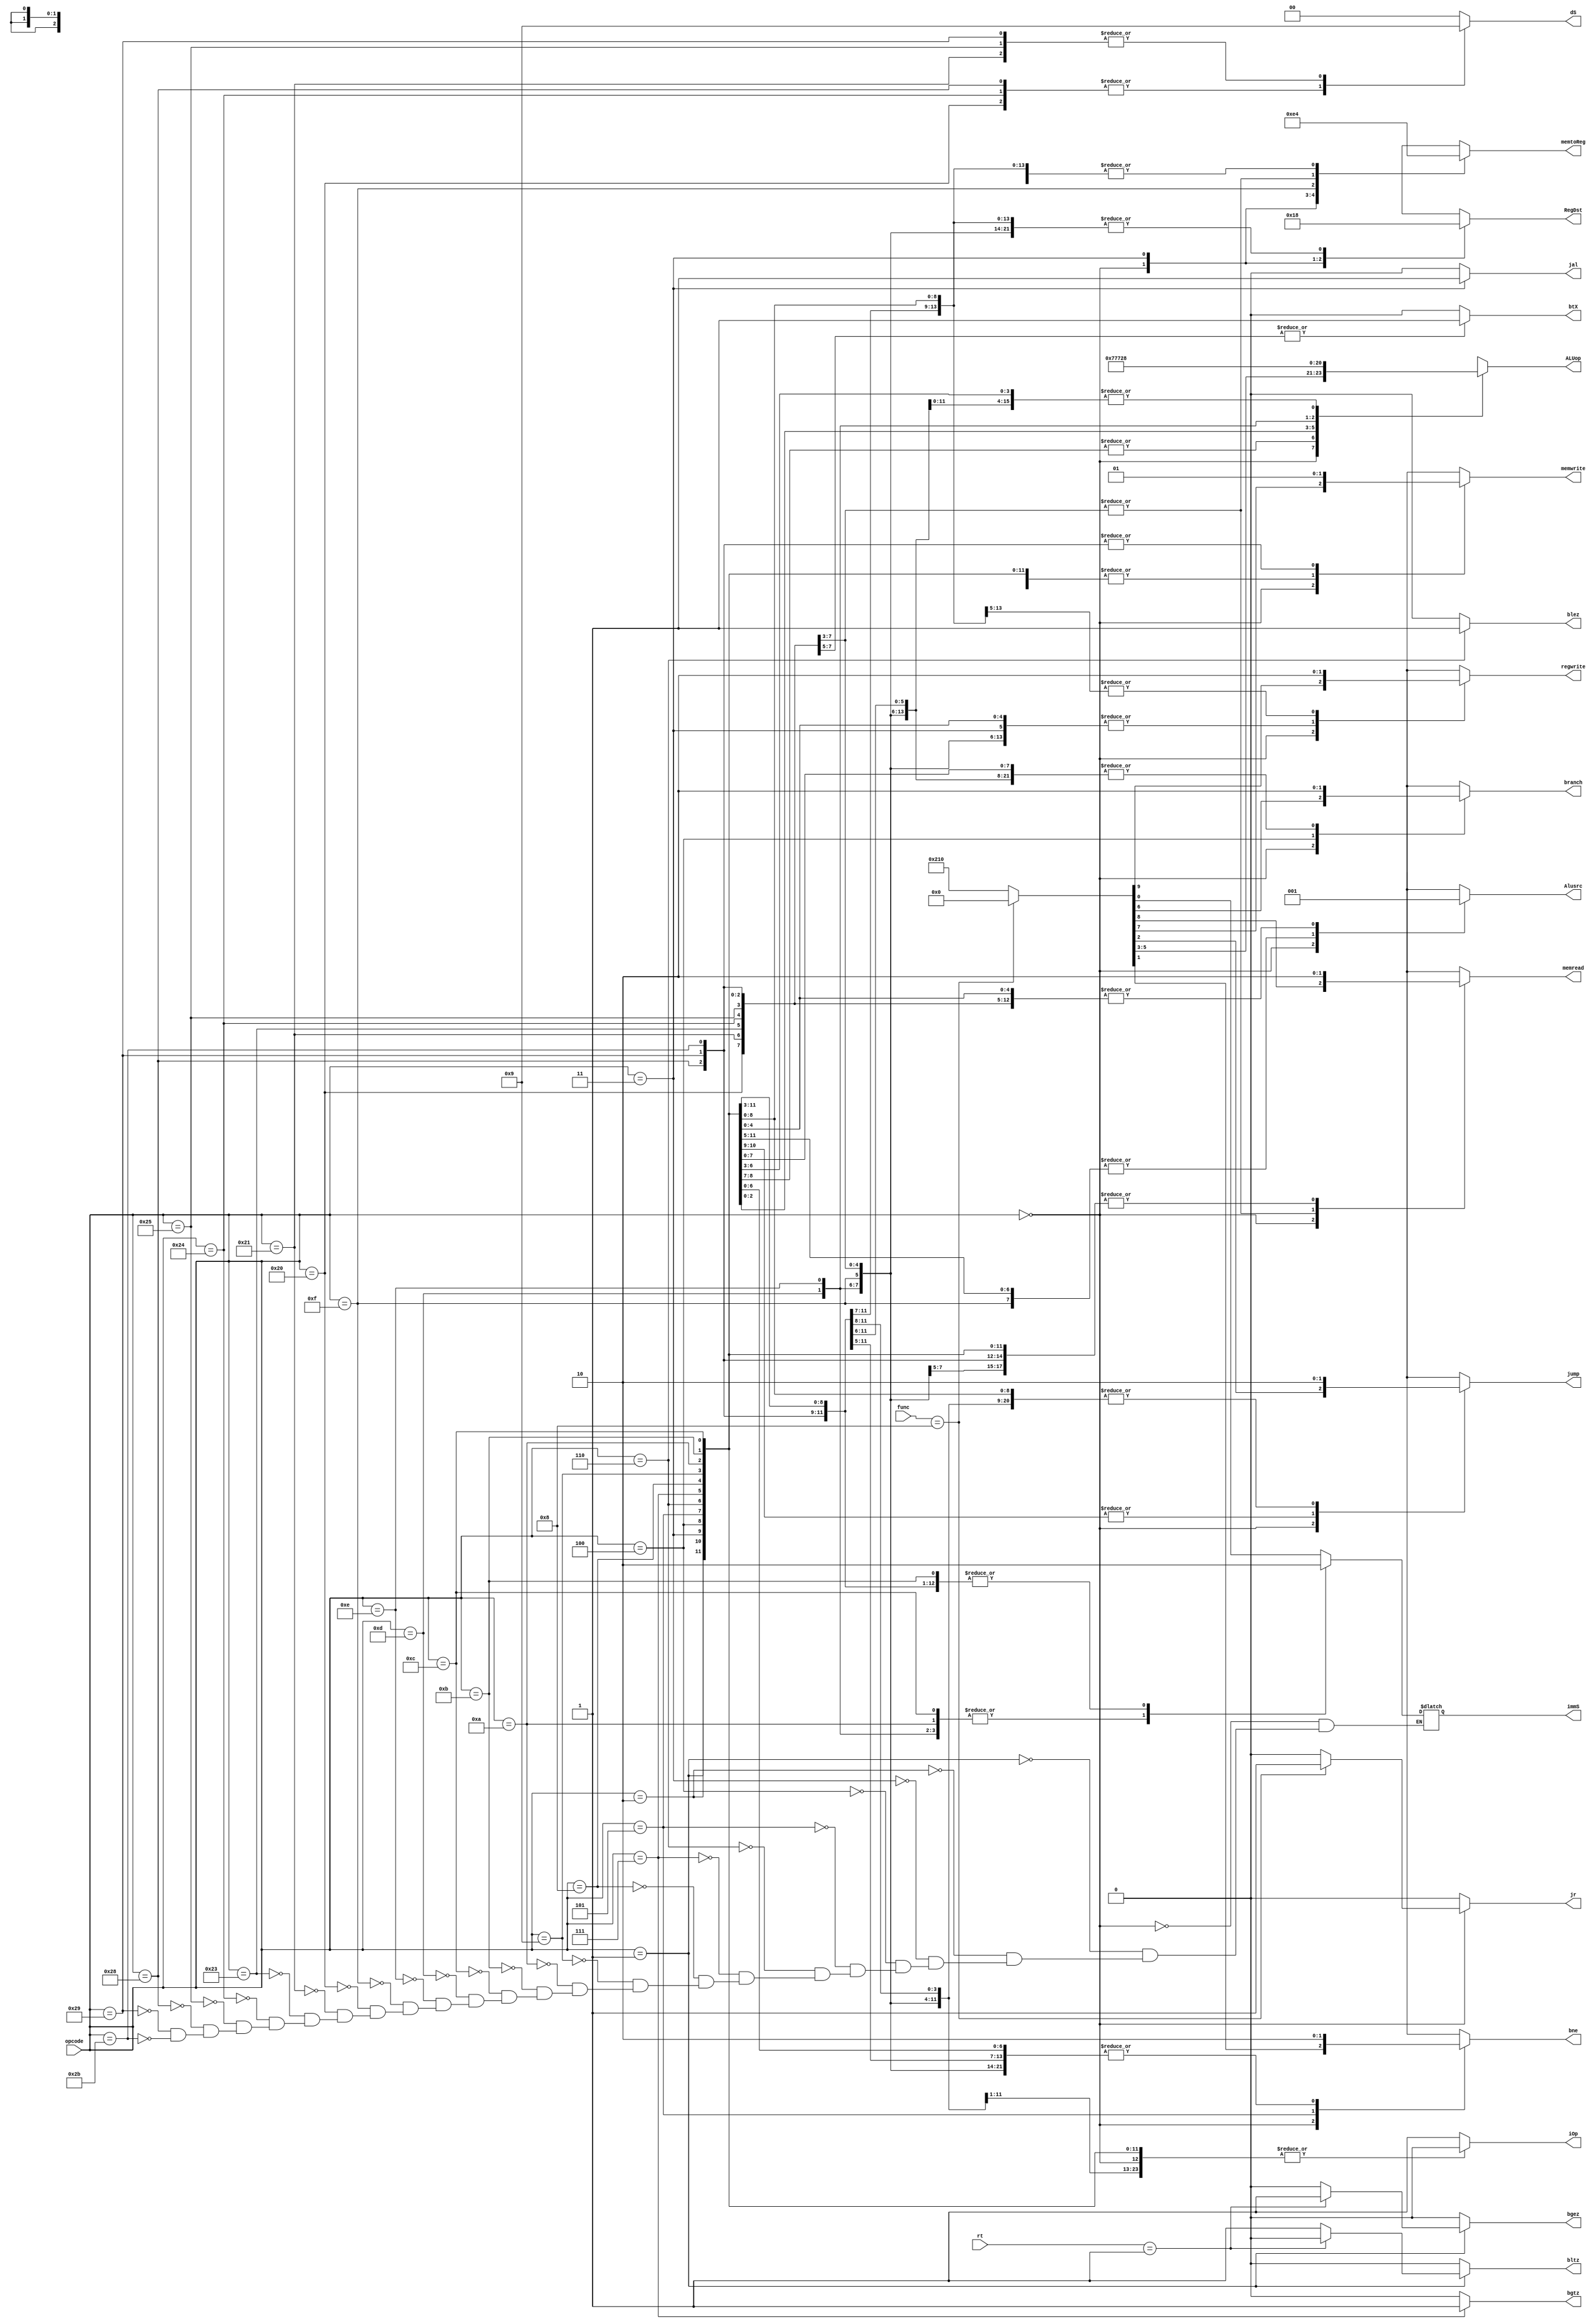
module controlunit(
    input [5:0] opcode,
    input [5:0] func,
    input [4:0] rt,
    output reg [1:0]RegDst,
    output reg branch,
    output reg memread,
    output reg memwrite,
    output reg [1:0]memtoReg,
    output reg [2:0]ALUop,
    output reg Alusrc,
    output reg regwrite,
    output reg jump,
    output reg bne,
    output reg immS,
    output reg [1:0]dS,
    output reg btX,
    output reg iOp,
    output reg bgez,
    output reg bgtz,
    output reg blez,
    output reg bltz,
    output reg jal,
    output reg jr
);

always @(*)
begin
    case (opcode)
      6'd0://R-Format((add,sub,and,or,slt)//entrega4(sll,srl,sra,sllv,srlv,srav,)
      begin
            if(func==6'd8) begin
            {RegDst,Alusrc,memtoReg,regwrite,memread,memwrite,branch,ALUop, jump, bne, immS} = 
            {2'b01, 1'b0,  2'b00,   1'b0,    1'b0,   1'b0,    1'b0,  3'b000,1'b0, 1'b0,1'b0};
            dS=2'b00;
            btX=1'b0;
            iOp = 1'b0;
            bgez = 1'b0;
            bgtz = 1'b0;
            blez = 1'b0;
            bltz = 1'b0;
            jal = 1'b0;
            jr = 1'b1;
            end else begin
            {RegDst,Alusrc,memtoReg,regwrite,memread,memwrite,branch,ALUop, jump, bne, immS} = 
            {2'b01, 1'b0,  2'b00,   1'b1,    1'b0,   1'b0,    1'b0,  3'b010,1'b0, 1'b0,1'b0};
            dS=2'b00;
            btX=1'b0;
            iOp = 1'b0;
            bgez = 1'b0;
            bgtz = 1'b0;
            blez = 1'b0;
            bltz = 1'b0;
            jal = 1'b0;
            jr = 1'b0;
            end
      end
      6'd1://BGEZ o BLTZ
      begin
            if(rt==5'd1)begin//BGEZ
            {RegDst,Alusrc,memtoReg,regwrite,memread,memwrite,branch,ALUop, jump,bne, immS} =
            {2'b00, 1'b0,  2'b00,   1'b0,    1'b0,   1'b0,    1'b0,  3'b000,1'b0,1'b0,1'b0};
            dS=2'b00;
            btX=1'b0;
            iOp = 1'b0;
            bgez = 1'b1;
            bgtz = 1'b0;
            blez = 1'b0;
            bltz = 1'b0;
            jr = 1'b0;
            jal = 1'b0;
            end else begin//BLTZ
            {RegDst,Alusrc,memtoReg,regwrite,memread,memwrite,branch,ALUop, jump,bne, immS} =
            {2'b00, 1'b0,  2'b00,   1'b0,    1'b0,   1'b0,    1'b0,  3'b000,1'b0,1'b0,1'b0};
            dS=2'b00;
            btX=1'b0;
            iOp = 1'b0;
            bgez = 1'b0;
            bgtz = 1'b0;
            blez = 1'b0;
            bltz = 1'b1;
            jr = 1'b0;
            jal = 1'b0;
            end
      end
      6'd2://Jump
      begin
            {RegDst,Alusrc,memtoReg,regwrite,memread,memwrite,branch,ALUop,jump,bne,immS} = {2'b00,1'b0,2'b00,1'b0,1'b0,1'b0,1'b0,3'b000,1'b1,1'b0,1'b0};
            dS=2'b00;
            btX=1'b0;
            iOp = 1'b0;
            bgez = 1'b0;
            bgtz = 1'b0;
            blez = 1'b0;
            bltz = 1'b0;
            jr = 1'b0;
            jal = 1'b0;
           
      end
      6'd3://JAL
      begin
            {RegDst,Alusrc,memtoReg,regwrite,memread,memwrite,branch,ALUop,jump,bne,immS} = 
            {2'b10, 1'b0,  2'b11,   1'b1,    1'b0,   1'b0,    1'b0,  3'b000,1'b1,1'b0,1'b0};
            dS=2'b00;
            btX=1'b0;
            iOp = 1'b0;
            bgez = 1'b0;
            bgtz = 1'b0;
            blez = 1'b0;
            bltz = 1'b0;
            jal = 1'b1;
            jr = 1'b0;
           
      end
       
      6'd4://beq
      begin
            {RegDst,Alusrc,memtoReg,regwrite,memread,memwrite,branch,ALUop,jump,bne,immS} =
             {2'b00,1'b0,2'b00,1'b0,1'b0,1'b0,1'b1,3'b001,1'b0,1'b0,1'b0};
            dS=2'b00;
            btX=1'b0;
            iOp = 1'b0;
            bgez = 1'b0;
            bgtz = 1'b0;
            blez = 1'b0;
            bltz = 1'b0;
            jr = 1'b0;
            jal = 1'b0;
            
      end
      6'd5://bne
      begin
            {RegDst,Alusrc,memtoReg,regwrite,memread,memwrite,branch,ALUop,jump,bne,immS} = {2'b00,1'b0,2'b00,1'b0,1'b0,1'b0,1'b0,3'b001,1'b0,1'b1,1'b0};
            dS=2'b00;
            btX=1'b0;
            iOp = 1'b0;
            bgez = 1'b0;
            bgtz = 1'b0;
            blez = 1'b0;
            bltz = 1'b0;
            jr = 1'b0;
            jal = 1'b0;
         
      end
      6'd6://blez
      begin
      {RegDst,Alusrc,memtoReg,regwrite,memread,memwrite,branch,ALUop, jump,bne, immS} =
            {2'b00, 1'b0,  2'b00,   1'b0,    1'b0,   1'b0,    1'b0,  3'b000,1'b0,1'b0,1'b0};
            dS=2'b00;
            btX=1'b0;
            iOp = 1'b0;
            bgez = 1'b0;
            bgtz = 1'b0;
            blez = 1'b1;
            bltz = 1'b0;
            jr = 1'b0;
            jal = 1'b0;
      end
      6'd7://bgtz
      begin
      {RegDst,Alusrc,memtoReg,regwrite,memread,memwrite,branch,ALUop, jump,bne, immS} =
            {2'b00, 1'b0,  2'b00,   1'b0,    1'b0,   1'b0,    1'b0,  3'b000,1'b0,1'b0,1'b0};
            dS=2'b00;
            btX=1'b0;
            iOp = 1'b0;
            bgez = 1'b0;
            bgtz = 1'b1;
            blez = 1'b0;
            bltz = 1'b0;
            jr = 1'b0;
            jal = 1'b0;
      end
      6'd8://addi
      begin
            {RegDst,Alusrc,memtoReg,regwrite,memread,memwrite,branch,ALUop,jump,bne,immS} = {2'b00,1'b1,2'b00,1'b1,1'b0,1'b0,1'b0,3'b000,1'b0,1'b0,1'b0};
            dS=2'b00;
            btX=1'b0;
            iOp = 1'b0;
            bgez = 1'b0;
            bgtz = 1'b0;
            blez = 1'b0;
            bltz = 1'b0;
            jr = 1'b0;
            jal = 1'b0;
        
      end
      6'd9://addiu
      begin
            {RegDst,Alusrc,memtoReg,regwrite,memread,memwrite,branch,ALUop,jump,bne,immS} = {2'b00,1'b1,2'b00,1'b1,1'b0,1'b0,1'b0,3'b000,1'b0,1'b0,1'b0};
            dS=2'b00;
            btX=1'b0;
            iOp = 1'b0;
            bgez = 1'b0;
            bgtz = 1'b0;
            blez = 1'b0;
            bltz = 1'b0;
            jr = 1'b0;
            jal = 1'b0;
   
      end
      6'd10://slti
      begin
            {RegDst,Alusrc,memtoReg,regwrite,memread,memwrite,branch,ALUop,jump,bne,immS} = 
            {2'b00,  1'b1,  2'b00,   1'b1,    1'b0,   1'b0,    1'b0,  3'b110,1'b0,1'b0,1'b1};
            dS=2'b00;
            btX=1'b0;
            iOp = 1'b0;
            bgez = 1'b0;
            bgtz = 1'b0;
            blez = 1'b0;
            bltz = 1'b0;
            jr = 1'b0;
            jal = 1'b0;
  
      end
       6'd11://sltiu
      begin
            {RegDst,Alusrc,memtoReg,regwrite,memread,memwrite,branch,ALUop,jump,bne,immS} = 
            {2'b00,  1'b1,  2'b00,   1'b1,    1'b0,   1'b0,    1'b0,  3'b111,1'b0,1'b0,1'b0};
            dS=2'b00;
            btX=1'b0;
            iOp = 1'b0;
            bgez = 1'b0;
            bgtz = 1'b0;
            blez = 1'b0;
            bltz = 1'b0;
            jr = 1'b0;
            jal = 1'b0;
  
      end
      6'd12://andi
      begin
            {RegDst,Alusrc,memtoReg,regwrite,memread,memwrite,branch,ALUop,jump,bne,immS} = {2'b00,1'b1,2'b00,1'b1,1'b0,1'b0,1'b0,3'b011,1'b0,1'b0,1'b1};
            dS=2'b00;
            btX=1'b0;
            iOp = 1'b0;
            bgez = 1'b0;
            bgtz = 1'b0;
            blez = 1'b0;
            bltz = 1'b0;
            jr = 1'b0;
            jal = 1'b0;

      end
      6'd13://ori
      begin
            {RegDst,Alusrc,memtoReg,regwrite,memread,memwrite,branch,ALUop,jump,bne,immS} = {2'b00,1'b1,2'b00,1'b1,1'b0,1'b0,1'b0,3'b100,1'b0,1'b0,1'b1};
            dS=2'b00;
            btX=1'b0;
            iOp = 1'b0;
            bgez = 1'b0;
            bgtz = 1'b0;
            blez = 1'b0;
            bltz = 1'b0;
            jr = 1'b0;
            jal = 1'b0;
  
      end
      6'd14://xori
      begin
            {RegDst,Alusrc,memtoReg,regwrite,memread,memwrite,branch,ALUop,jump,bne,immS} = 
            {2'b00,  1'b1,  2'b00,   1'b1,    1'b0,   1'b0,    1'b0,  3'b101,1'b0,1'b0,1'b1};
            dS=2'b00;
            btX=1'b0;
            iOp = 1'b0;
            bgez = 1'b0;
            bgtz = 1'b0;
            blez = 1'b0;
            bltz = 1'b0;
            jr = 1'b0;
            jal = 1'b0;
  
      end
      6'd15://lui
      begin
            {RegDst,Alusrc,memtoReg,regwrite,memread,memwrite,branch,ALUop,jump,bne,immS} = {2'b00,1'b0,2'b10,1'b1,1'b0,1'b0,1'b0,3'b000,1'b0,1'b0,1'b0};
            dS=2'b00;
            btX=1'b0;
            iOp = 1'b0;
            bgez = 1'b0;
            bgtz = 1'b0;
            blez = 1'b0;
            bltz = 1'b0;
            jr = 1'b0;
            jal = 1'b0;
         
      end
      6'd32://lb
      begin
            {RegDst,Alusrc,memtoReg,regwrite,memread,memwrite,branch,ALUop,jump,bne,immS} 
          = {2'b00,   1'b1,  2'b01,   1'b1,    1'b1,   1'b0,    1'b0,3'b000, 1'b0,1'b0,1'b0};
            dS=2'b10;//0-Word,1-HWord,2-byte
            btX=1'b1;//1-SignEx,2-ZeroEx
            iOp = 1'b0;
            bgez = 1'b0;
            bgtz = 1'b0;
            blez = 1'b0;
            bltz = 1'b0;
            jr = 1'b0;
            jal = 1'b0;
  
      end
      6'd33://lh
      begin
            {RegDst,Alusrc,memtoReg,regwrite,memread,memwrite,branch,ALUop,jump,bne,immS} 
          = {2'b00,   1'b1,  2'b01,   1'b1,    1'b1,   1'b0,    1'b0,3'b000, 1'b0,1'b0,1'b0};
            dS=2'b01;//0-Word,1-HWord,2-byte
            btX=1'b1;//1-SignEx,2-ZeroEx
            iOp = 1'b0;
            bgez = 1'b0;
            bgtz = 1'b0;
            blez = 1'b0;
            bltz = 1'b0;
            jr = 1'b0;
            jal = 1'b0;
 
      end
      6'd35://loadword
      begin
            {RegDst,Alusrc,memtoReg,regwrite,memread,memwrite,branch,ALUop,jump,bne,immS} 
          = {2'b00,  1'b1,  2'b01,   1'b1,    1'b1,   1'b0,    1'b0,  3'b000,1'b0,1'b0,1'b0};
            dS=2'b00;//0-Word,1-HWord,2-byte
            btX=1'b1;//1-SignEx,2-ZeroEx
            iOp = 1'b0;
            bgez = 1'b0;
            bgtz = 1'b0;
            blez = 1'b0;
            bltz = 1'b0;
            jr = 1'b0;
            jal = 1'b0;

      end

      6'd36://lbu
      begin
            {RegDst,Alusrc,memtoReg,regwrite,memread,memwrite,branch,ALUop,jump,bne,immS} 
          = {2'b00,   1'b1,  2'b01,   1'b1,    1'b1,   1'b0,    1'b0,3'b000, 1'b0,1'b0,1'b0};
            dS=2'b10;//0-Word,1-HWord,2-byte
            btX=1'b0;//1-SignEx,2-ZeroEx
            iOp = 1'b0;
            bgez = 1'b0;
            bgtz = 1'b0;
            blez = 1'b0;
            bltz = 1'b0;
            jr = 1'b0;
            jal = 1'b0;
           
      end
      6'd37://lhu
      begin
            {RegDst,Alusrc,memtoReg,regwrite,memread,memwrite,branch,ALUop,jump,bne,immS} 
          = {2'b00,   1'b1,  2'b01,   1'b1,    1'b1,   1'b0,    1'b0,3'b000, 1'b0,1'b0,1'b0};
            dS=2'b01;//0-Word,1-HWord,2-byte
            btX=1'b0;//1-SignEx,2-ZeroEx1
            iOp = 1'b0;
            bgez = 1'b0;
            bgtz = 1'b0;
            blez = 1'b0;
            bltz = 1'b0;
            jr = 1'b0;
            jal = 1'b0;
      
      end
     6'd40://sb
      begin
            {RegDst,Alusrc,memtoReg,regwrite,memread,memwrite,branch,ALUop,jump,bne,immS} 
          = {2'b00,   1'b1,  2'b00,   1'b0,    1'b0,   1'b1,    1'b0,3'b000, 1'b0,1'b0,1'b0};
            dS=2'b10;//0-Word,1-HWord,2-byte
            btX=1'b0;//1-SignEx,2-ZeroEx
            iOp = 1'b0;
            bgez = 1'b0;
            bgtz = 1'b0;
            blez = 1'b0;
            bltz = 1'b0;
            jr = 1'b0;
            jal = 1'b0;
      end
      6'd41://sh
      begin
            {RegDst,Alusrc,memtoReg,regwrite,memread,memwrite,branch,ALUop,jump,bne,immS} 
          = {2'b00,   1'b1,  2'b00,   1'b0,    1'b0,   1'b1,    1'b0,3'b000, 1'b0,1'b0,1'b0};
            dS=2'b01;//0-Word,1-HWord,2-byte
            btX=1'b0;//1-SignEx,2-ZeroEx
            iOp = 1'b0;
            bgez = 1'b0;
            bgtz = 1'b0;
            blez = 1'b0;
            bltz = 1'b0;
            jr = 1'b0;
            jal = 1'b0;
            
      end
      6'd43://storeword
      begin
            {RegDst,Alusrc,memtoReg,regwrite,memread,memwrite,branch,ALUop,jump,bne,immS}
          = {2'b00,  1'b1,  2'b00,   1'b0,    1'b0,   1'b1,    1'b0,  3'b000,1'b0,1'b0,1'b0};
            dS=2'b00;//0-Word,1-HWord,2-byte
            btX=1'b0;//1-SignEx,2-ZeroEx
            iOp = 1'b0;
            bgez = 1'b0;
            bgtz = 1'b0;
            blez = 1'b0;
            bltz = 1'b0;
            jr = 1'b0;
            jal = 1'b0;
           
      end
      default: 
      begin
        {RegDst,Alusrc,memtoReg,regwrite,memread,memwrite,branch,ALUop,jump,bne} = {2'bxx,1'bx,2'bxx,1'bx,1'bx,1'bx,1'bx,3'bxxx,1'bx,1'bx,1'bx};
        dS=2'b00;
        btX=1'b0;
        iOp = 1'b1;
        bgez = 1'b0;
        bgtz = 1'b0;
        blez = 1'b0;
        bltz = 1'b0;
        jr = 1'b0;
        jal = 1'b0;
        
      end
            
    endcase
end

endmodule